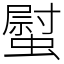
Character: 螱